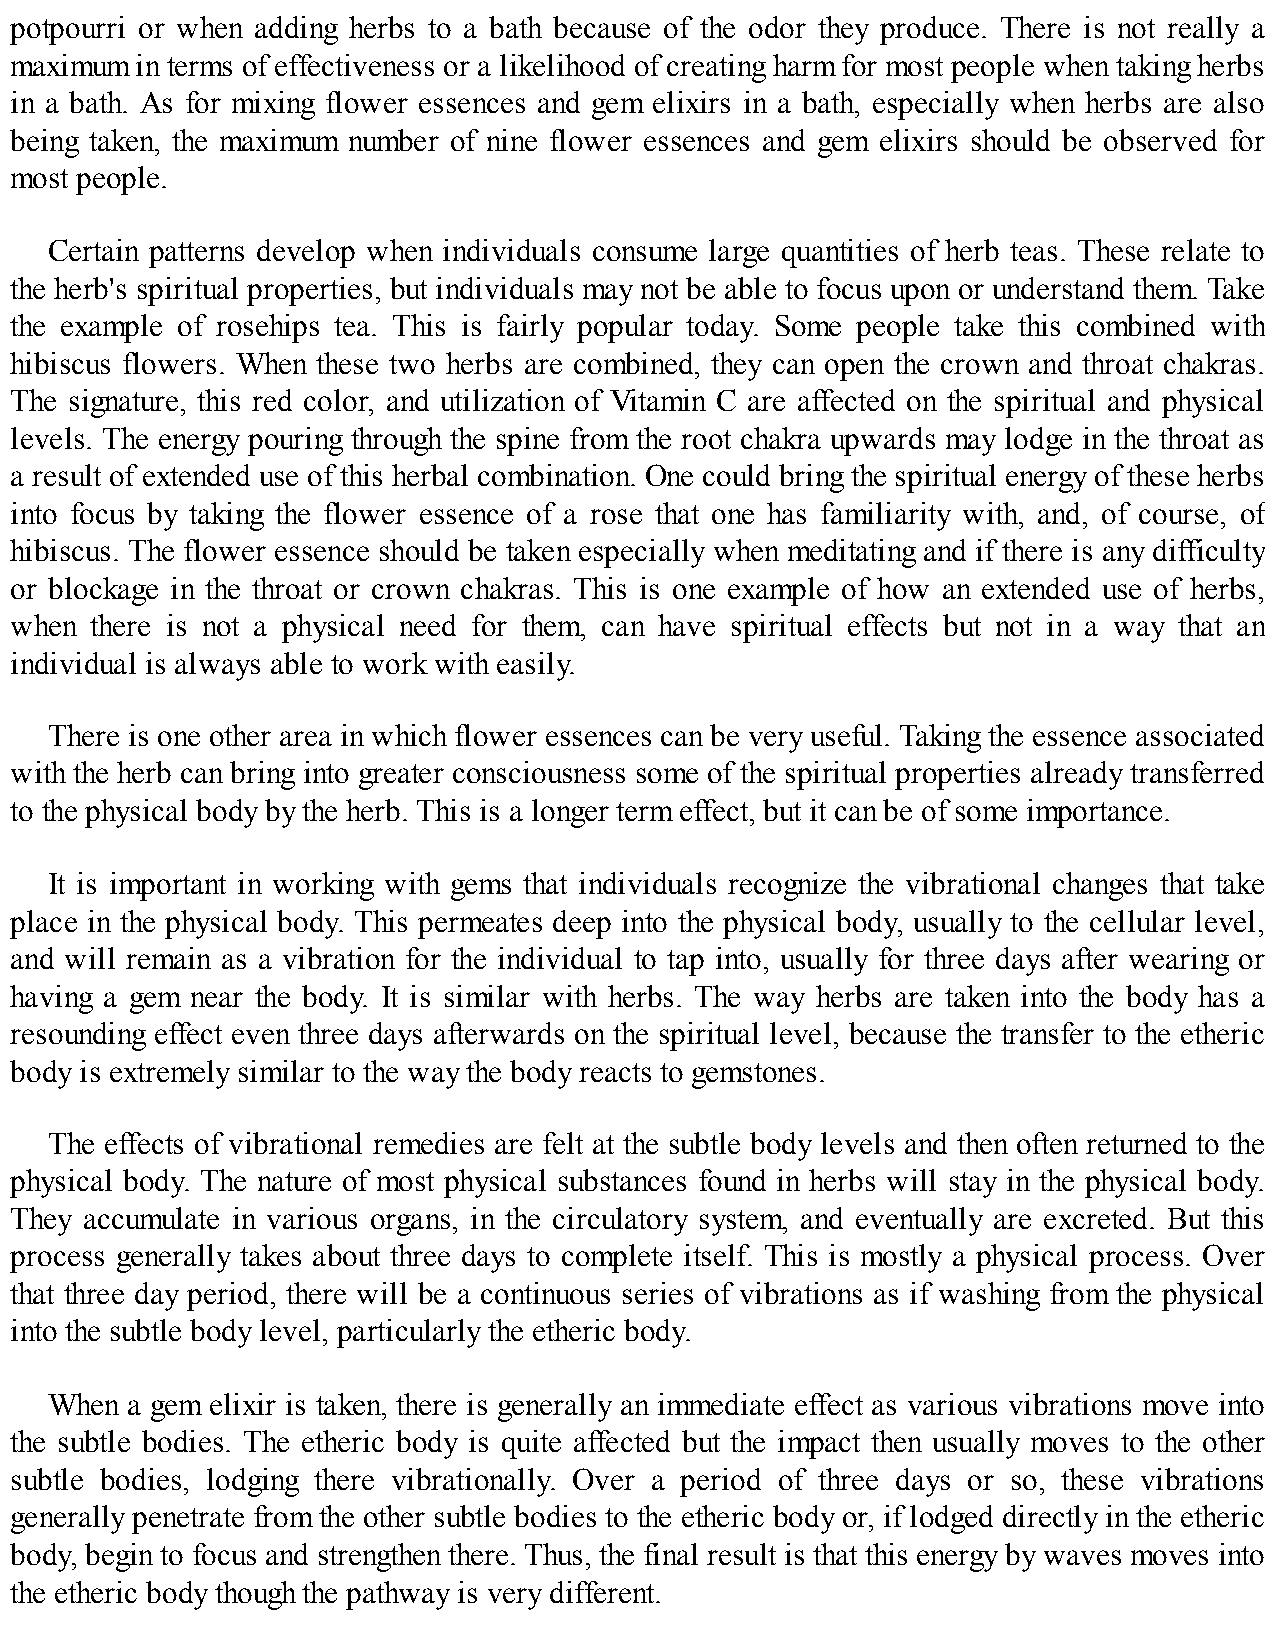
potpourri or when adding herbs to a bath because of the odor they produce. There is not really a
 maximum in terms of effectiveness or a likelihood of creating harm for most people when taking herbs
 in a bath. As for mixing flower essences and gem elixirs in a bath, especially when herbs are also
 being taken, the maximum number of nine flower essences and gem elixirs should be observed for
 most people.
 Certain patterns develop when individuals consume large quantities of herb teas. These relate to
 the herb's spiritual properties, but individuals may not be able to focus upon or understand them. Take
 the example of rosehips tea. This is fairly popular today. Some people take this combined with
 hibiscus flowers. When these two herbs are combined, they can open the crown and throat chakras.
 The signature, this red color, and utilization of Vitamin C are affected on the spiritual and physical
 levels. The energy pouring through the spine from the root chakra upwards may lodge in the throat as
 a result of extended use of this herbal combination. One could bring the spiritual energy of these herbs
 into focus by taking the flower essence of a rose that one has familiarity with, and, of course, of
 hibiscus. The flower essence should be taken especially when meditating and if there is any difficulty
 or blockage in the throat or crown chakras. This is one example of how an extended use of herbs,
 when there is not a physical need for them, can have spiritual effects but not in a way that an
 individual is always able to work with easily.
 There is one other area in which flower essences can be very useful. Taking the essence associated
 with the herb can bring into greater consciousness some of the spiritual properties already transferred
 to the physical body by the herb. This is a longer term effect, but it can be of some importance.
 It is important in working with gems that individuals recognize the vibrational changes that take
 place in the physical body. This permeates deep into the physical body, usually to the cellular level,
 and will remain as a vibration for the individual to tap into, usually for three days after wearing or
 having a gem near the body. It is similar with herbs. The way herbs are taken into the body has a
 resounding effect even three days afterwards on the spiritual level, because the transfer to the etheric
 body is extremely similar to the way the body reacts to gemstones.
 The effects of vibrational remedies are felt at the subtle body levels and then often returned to the
 physical body. The nature of most physical substances found in herbs will stay in the physical body.
 They accumulate in various organs, in the circulatory system, and eventually are excreted. But this
 process generally takes about three days to complete itself. This is mostly a physical process. Over
 that three day period, there will be a continuous series of vibrations as if washing from the physical
 into the subtle body level, particularly the etheric body.
 When a gem elixir is taken, there is generally an immediate effect as various vibrations move into
 the subtle bodies. The etheric body is quite affected but the impact then usually moves to the other
 subtle bodies, lodging there vibrationally. Over a period of three days or so, these vibrations
 generally penetrate from the other subtle bodies to the etheric body or, if lodged directly in the etheric
 body, begin to focus and strengthen there. Thus, the final result is that this energy by waves moves into
 the etheric body though the pathway is very different.